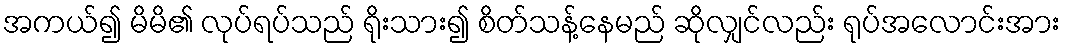
အကယ်၍ မိမိ၏ လုပ်ရပ်သည် ရိုးသား၍ စိတ်သန့်နေမည် ဆိုလျှင်လည်း ရုပ်အလောင်းအား